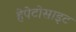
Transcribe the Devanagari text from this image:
हेपेटोसाइट